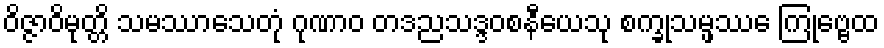
ဝိဇ္ဇာဝိမုတ္တိ သမဿာသေတုံ ဂုဏာဝ တဒညသဒ္ဒဝစနီယေသု စက္ခုသမ္ဖဿေ ကြုဗ္ဗေထ